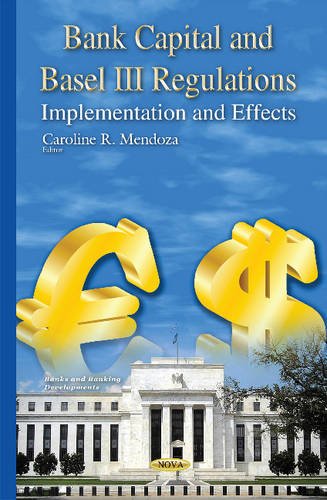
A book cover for Bank Capital and Basel III Regulations: Implementation and Effects (Banks and Banking Developments); Law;